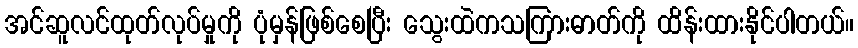
အင်ဆူလင်ထုတ်လုပ်မှုကို ပုံမှန်ဖြစ်စေပြီး သွေးထဲကသကြားဓာတ်ကို ထိန်းထားနိုင်ပါတယ်။